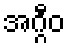
အဂ္ဂီဝ